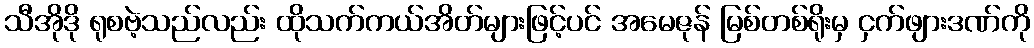
သီအိုဒို ရုစဗဲ့သည်လည်း ထိုသက်ကယ်အိတ်များဖြင့်ပင် အမေဇုန် မြစ်တစ်ရိုးမှ ငှက်ဖျားဒဏ်ကို